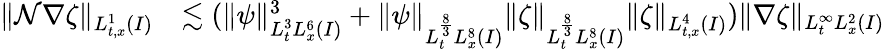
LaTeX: \begin{array}{rl}{\| \mathcal{N}\nabla\zeta\| _{L_{t,x}^{1}(I)}}&{\lesssim(\| \psi\| _{L_{t}^{3}L_{x}^{6}(I)}^{3}+\| \psi\| _{L_{t}^{\frac{8}{3}}L_{x}^{8}(I)}\| \zeta\| _{L_{t}^{\frac{8}{3}}L_{x}^{8}(I)}\| \zeta\| _{L_{t,x}^{4}(I)})\| \nabla\zeta\| _{L_{t}^{\infty}L_{x}^{2}(I)}}\end{array}